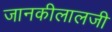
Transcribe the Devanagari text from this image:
जानकीलालजी